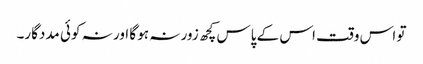
تو اس وقت اس کے پاس کچھ زور نہ ہو گا اور نہ کوئی مددگار۔